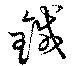
鍼